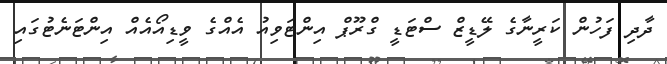
ދާދި ފަހުން ކަރީނާގެ ލޭޑީޒް ސްޓަޑީ ގްރޫޕް އިންޓަވިއު އެއްގެ ވީޑިއޯއެއް އިންޓަނެޓުގައި